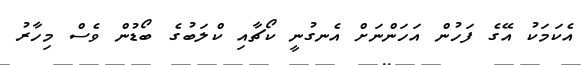
އެކަމަކު އޭގެ ފަހުން އަހަންނަށް އެނގުނީ ކޯޗާއި ކްލަބުގެ ބޯޑުން ވެސް މިހާރު